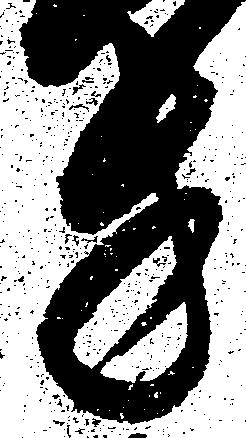
方